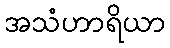
အသံဟာရိယာ